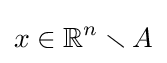
x\in \mathbb {R} ^{n}\smallsetminus A